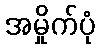
အမှိုက်ပုံ